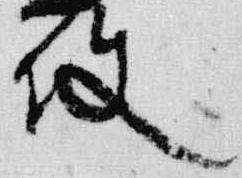
使